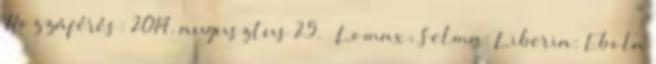
Hozzáférés: 2014. augusztus 25. ↑ Lomax, Selma: Liberia: Ebola